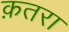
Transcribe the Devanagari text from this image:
क़तरा